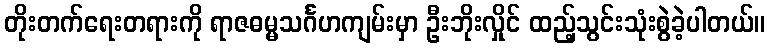
တိုးတက်ရေးတရားကို ရာဇဓမ္မသင်္ဂဟကျမ်းမှာ ဦးဘိုးလှိုင် ထည့်သွင်းသုံးစွဲခဲ့ပါတယ်။